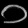
Digit: ၁